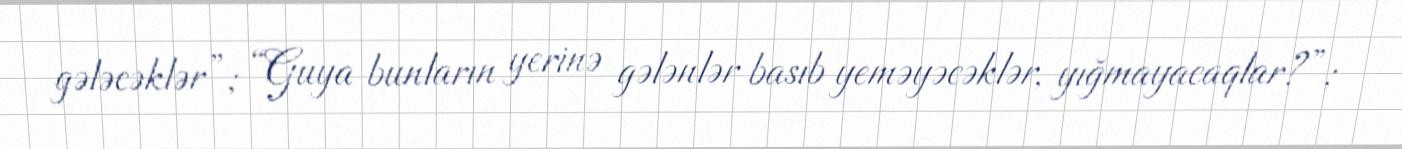
gələcəklər”; “Guya bunların yerinə gələnlər basıb yeməyəcəklər, yığmayacaqlar?”;